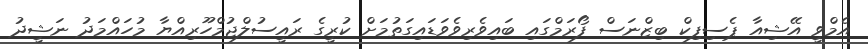
އެމްވީ އޭޝިއާ ޕެސިފިކް ބިޒްނަސް ފޯރަމްގައި ބައިވެރިވެވަޑައިގަތުމަށް ކުރީގެ ރައީސުލްޖުމްހޫރިއްޔާ މުހައްމަދު ނަޝީދު